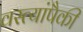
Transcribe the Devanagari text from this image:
वस्त्यांपैकी